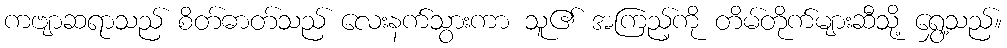
ကဗျာဆရာသည် စိတ်ဓာတ်သည် လေးနက်သွားကာ သူ၏ အကြည့်ကို တိမ်တိုက်များဆီသို့ ရွှေ့သည်။